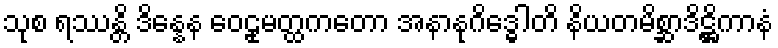
သုစ ရဿန္တိ ဒိန္နေန ဝေဠုမတ္ထကတော အနာနုဂိဒ္ဓေါတိ နိယတမိစ္ဆာဒိဋ္ဌိကာနံ